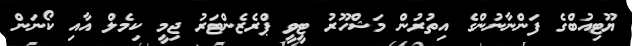
ޔޫޓިއުބްގެ ފަންނާނުންގެ އިތުރުން މަޝްހޫރު ޓީވީ ޕްރެޒެންޓަރު ޖިމީ ކިމެލް އާއި ކޯނަން